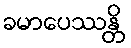
ခမာပေဿန္တိ